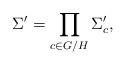
LaTeX: \begin{align*}\Sigma' = \prod_{c \in G/H} \Sigma'_c,\end{align*}